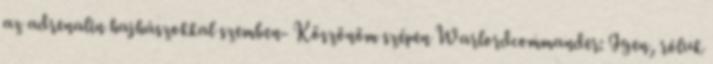
az adrenalin hajhászokkal szemben- Köszönöm szépen Warlordcommander: Igen, róluk